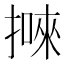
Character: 𢴙